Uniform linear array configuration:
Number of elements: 48
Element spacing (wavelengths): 0.75
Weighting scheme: exponential
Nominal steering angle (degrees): -15
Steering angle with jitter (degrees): -13.937
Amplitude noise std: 0.05
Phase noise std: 0.05

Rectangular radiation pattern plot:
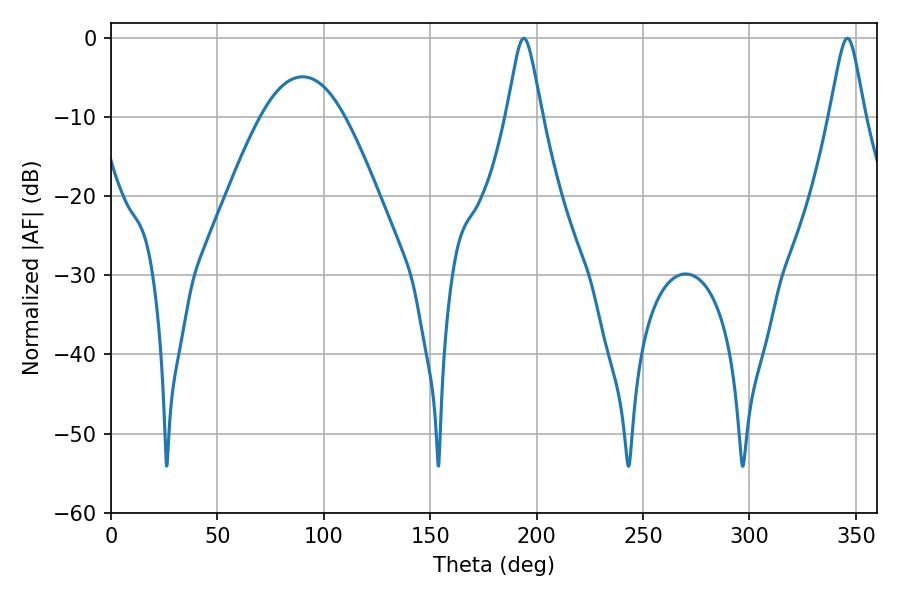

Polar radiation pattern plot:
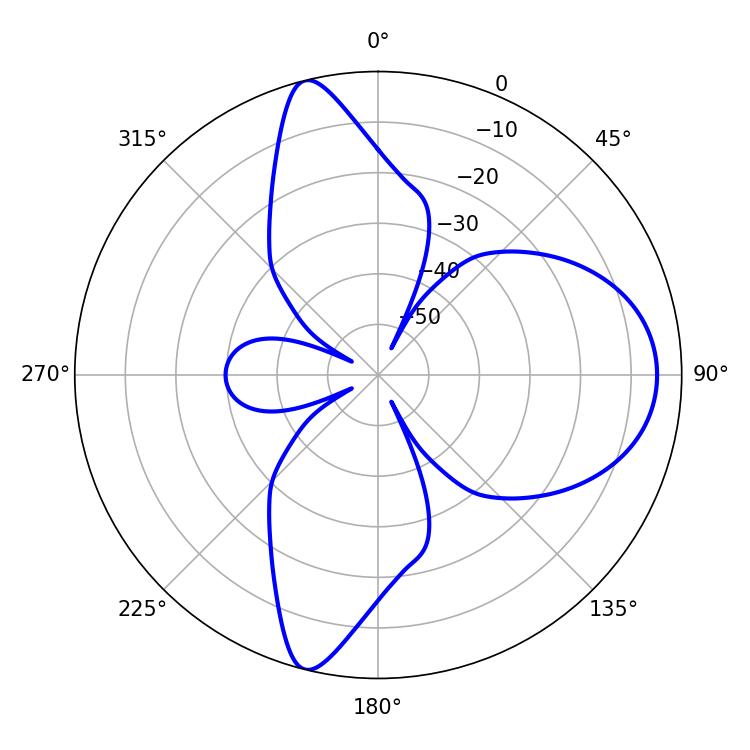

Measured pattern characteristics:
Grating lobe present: TRUE
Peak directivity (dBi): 12.935
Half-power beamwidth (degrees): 7.92
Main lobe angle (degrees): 194.04